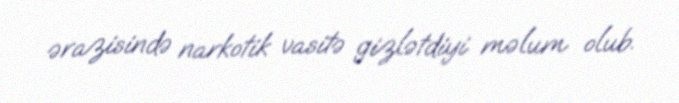
ərazisində narkotik vasitə gizlətdiyi məlum olub.